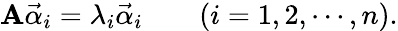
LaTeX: \mathbf{A}{\vec{{\alpha}}}_{i}=\lambda_{i}{\vec{{\alpha}}}_{i}\qquad(i=1,2,\cdots,n).